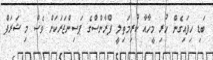
ބަޑި ހިފައިގެން ހުރި މީހާއާ ކުރިމަތިލީ ފްރާންސްގެ ޕަސިންޖަރަކަށް ވެސް މި ޝަރަފް